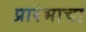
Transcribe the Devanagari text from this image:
प्रारंभाचा